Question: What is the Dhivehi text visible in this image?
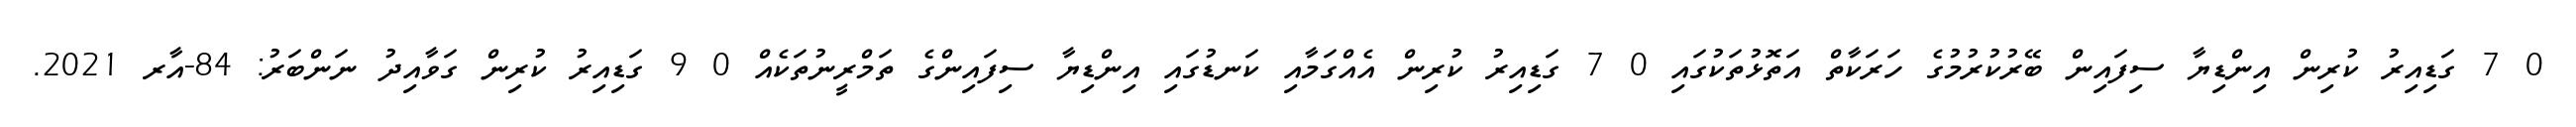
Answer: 0 7 ގަޑިއިރު ކުރިން އިންޑިޔާ ސިފައިން ބޭރުކުރުމުގެ ހަރަކާތް އަތޮޅުތަކުގައި 0 7 ގަޑިއިރު ކުރިން އެއްގަމާއި ކަނޑުގައި އިންޑިޔާ ސިފައިންގެ ތަމްރީނުތަކެއް 0 9 ގަޑިއިރު ކުރިން ގަވާއިދު ނަންބަރު: 84-އާރ 2021.